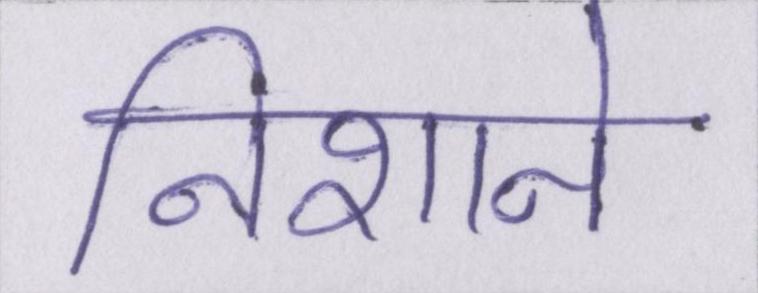
निशाने